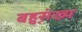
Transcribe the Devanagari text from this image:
बहुस़़ंख्य